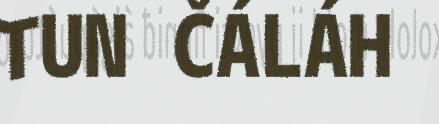
TUN ČÁLÁH